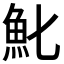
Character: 𩵏